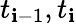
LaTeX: t_{\mathbf{i}-1},t_{\mathbf{i}}